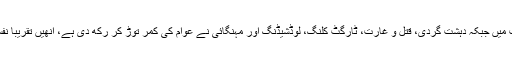
ملک کے موجودہ حالات میں جبکہ دہشت گردی، قتل و غارت، ٹارگٹ کلنگ، لوڈشیڈنگ اور مہنگائی نے عوام کی کمر توڑ کر رکھ دی ہے، انھیں تقریباً نفسیاتی مریض بنا دیا ہے۔